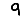
Digit: 9